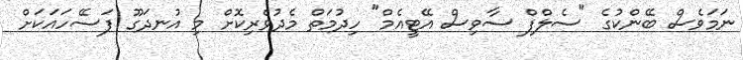
ނަމަވެސް ބޭންކުގެ "ސެލްފް ސާވިސް އޭޓީއެމް" ހިދުމަތް މެދުވެރިކޮށް މި އުނދަގޫ ފަސޭހައަކަށް